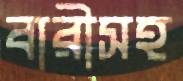
বারীসহ